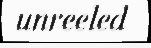
unreeled